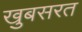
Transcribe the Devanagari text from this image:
खुबसरत